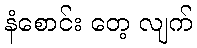
နံစောင်း တေ့ လျက်